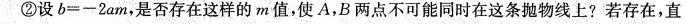
②设$$b = - 2 a m$$，是否存在这样的m值，使A，B两点不可能同时在这条抛物线上?若存在，直